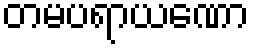
တမပရာယဏော